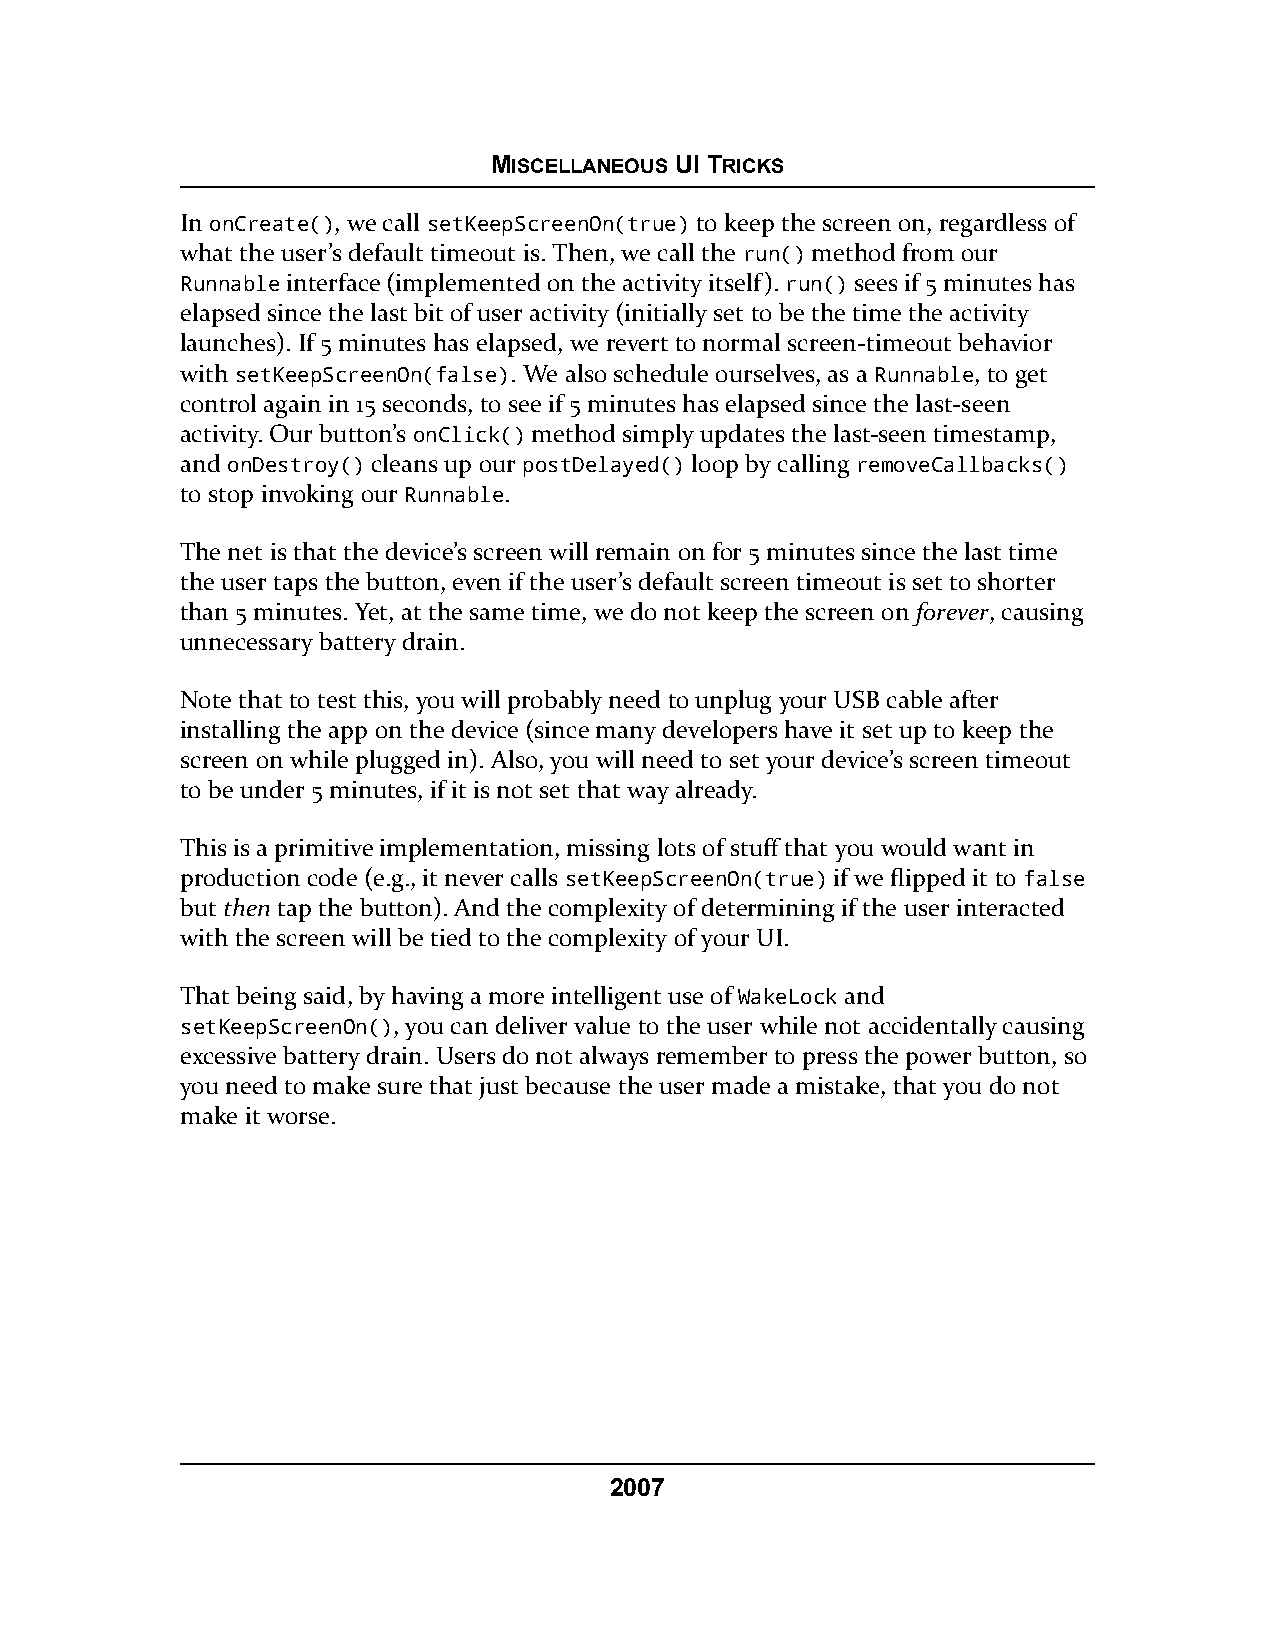
MISCELLANEOUS UI TRICKS
 In onCreate(), we call setKeepScreenOn(true) to keep the screen on, regardless of
 what the user’s default timeout is. Then, we call the run() method from our
 Runnable interface (implemented on the activity itself). run() sees if 5 minutes has
 elapsed since the last bit of user activity (initially set to be the time the activity
 launches). If 5 minutes has elapsed, we revert to normal screen-timeout behavior
 with setKeepScreenOn(false). We also schedule ourselves, as a Runnable, to get
 control again in 15 seconds, to see if 5 minutes has elapsed since the last-seen
 activity. Our button’s onClick() method simply updates the last-seen timestamp,
 and onDestroy() cleans up our postDelayed() loop by calling removeCallbacks()
 to stop invoking our Runnable.
 The net is that the device’s screen will remain on for 5 minutes since the last time
 the user taps the button, even if the user’s default screen timeout is set to shorter
 than 5 minutes. Yet, at the same time, we do not keep the screen on forever, causing
 unnecessary battery drain.
 Note that to test this, you will probably need to unplug your USB cable after
 installing the app on the device (since many developers have it set up to keep the
 screen on while plugged in). Also, you will need to set your device’s screen timeout
 to be under 5 minutes, if it is not set that way already.
 This is a primitive implementation, missing lots of stuff that you would want in
 production code (e.g., it never calls setKeepScreenOn(true) if we flipped it to false
 but then tap the button). And the complexity of determining if the user interacted
 with the screen will be tied to the complexity of your UI.
 That being said, by having a more intelligent use of WakeLock and
 setKeepScreenOn(), you can deliver value to the user while not accidentally causing
 excessive battery drain. Users do not always remember to press the power button, so
 you need to make sure that just because the user made a mistake, that you do not
 make it worse.
 2007